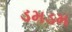
ડમડમ